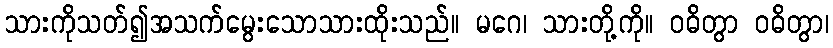
သားကိုသတ်၍အသက်မွေးသောသားထိုးသည်။ မဂေ၊ သားတို့ကို။ ဝဓိတွာ ဝဓိတွာ၊